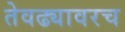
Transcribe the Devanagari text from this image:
तेवढ्यावरच